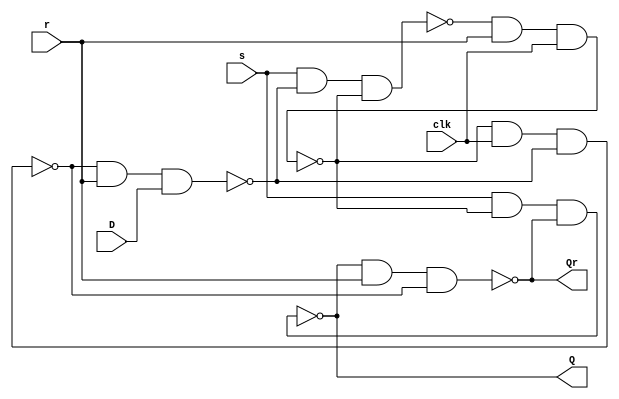
module Dflipflop(s,r,clk,D,Q,Qr);
	input wire s,r,clk,D;
	output wire Q,Qr;
	nand(L1,s,L4,L2);
	nand(L2,L1,r,clk);
	nand(L3,L2,clk,L4);
	nand(L4,L3,r,D);
	nand(Q,s,L2,Qr);
	nand(Qr,Q,r,L3);
endmodule

module DflipflopDescibe(clk,D,Q,Qr);
	input wire clk,D;
	reg temp;
	output wire Q,Qr;
	always@(posedge clk)
	begin
		temp<=D;
	end
	assign Q=D;
	assign Qr=~Q;
endmodule